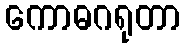
ကောဓဂရုတာ